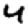
Digit: 4